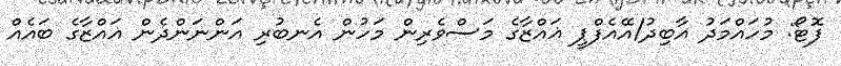
ފޮޓޯ: މުހައްމަދު އާބިދު/އޭއެފްޕީ ޣައްޒާގެ މަސްވެރިން މަހުން އެނބުރި އަންނަންދެން ޣައްޒާގެ ބައެއް